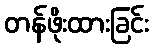
တန်ဖိုးထားခြင်း